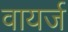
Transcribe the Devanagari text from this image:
वायर्ज